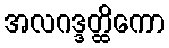
အလဂဒ္ဒတ္ထိကော